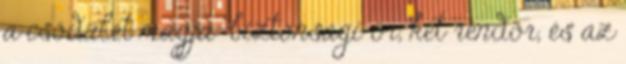
a csődület magja: biztonsági őr, két rendőr, és az